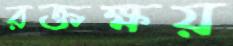
রক্তক্ষয়